Leaving Certificate, 1901
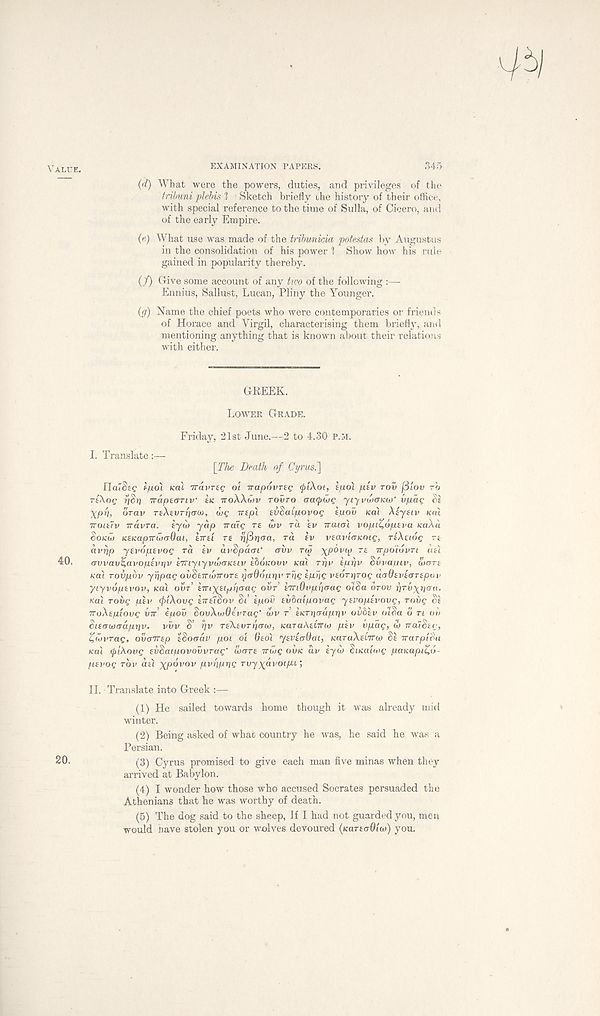
VALUE.
EXAMINATION PAPERS.
345
(d) What were the powers, duties, and privileges of the
tribuni plebis 1 Sketch briefly the history of their office,
with special reference to the time of Sulla, of Cicero, and
of the early Empire.
(e) What use was made of the tnbmicia potestas by Augustus
in the consolidation of his power ? Show how his rule
gained in popularity thereby.
(/) Give some account of any two of the following :—
Ennius, Sallust, Lucan, Pliny the Younger.
(g) Name the chief poets who were contemporaries or friends
of Horace and Yirgil, characterising them briefly, and
mentioning anything that is known about their relations
with either.
GREEK.
LOWER GRADE.
Friday, 21st June.—2 to 4.30 P.M.
I. Translate:—
[The Death of Cyrus.']
UaiSeg f/uot KOL Travreg ol irapovreg <p'i\oi, kpoi ptv TOV (5iov TO
TtXog TjSrj irapecFTiv en TTOAAWV TOVTO
yiyvuxricu)' vpctg di
XPV, OTav reXtvrricTOi), the Trepl evdaipovog tpoii KOI Xiytiv Ktu
TTOltiv Travra.
tJU) yap TTaiQ T£ WV TO. £V TTaiOt VOpi^OpiVU KdXa
SOKU> K£Kap7rdia6at, BKti T£ rj/Sriad, ra fv v£avi(TKOig, riXuog rt
avrip y£vop.£vog TO. iv uvSpacn'
<rvv rpj
ra irpoiovTi UH
40.
avvav^dvopivrjv £7nyiyvu><TK£iv sSdicouv Kat Trju £prjv Svvdutv, fijers
KOU roxjpbv yypdg ov§£irio7roT£ ijdOopr^i' rug Ipug v£OTr]Tog d(r6£V£(TT£pov
yiyvop£vov, KOX OVT £inx^pg<rag our’ imQvphaag oiSa OTOV uruyrjffo.
Kal rovg piv (piXovg ivuSov Si ipov evhdigovdg y£Vop£vovg, roiig Si
iroXfplovg VTT epov SooXwOevrag’ a»v r hcrriadppv ovblv oiSd 6 TI oh
Si£(TU)(ydppv.
vvv S’ gv T£X.£organ), (caraAstTra) plv vpdg, w ircuSsg,
ZiovTdg, ovairsp ISoaciv poi ot Oeo'i y£V£aOai, icaraAEtTrw SE TTdrpiSn
ical (j)iXovg svSdipovovvrag 4 a)ar£ irwg OVK uv lyio Sucalnig paKapt^d-
pfvog rbv atl xpovov pvgpgg ruyyavoj/xt;
II. Translate into Greek :—
(1) He sailed towards home though it was already mid
winter.
(2) Being asked of what country he was, he said he was a
Persian.
20.
(3) Cyrus promised to give each man five minas when they
arrived at Babylon.
(4) I wonder how those who accused Socrates persuaded the
Athenians that he was worthy of death.
(5) The dog said to the sheep, If I had not guarded you, men
would have stolen you or wolves devoured (KariaOln)) you.